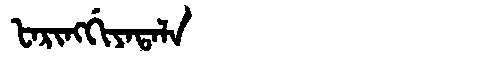
Manchu: ᡶᠠᡵᡳᠩᡤᡳᠶᠠᡨᠠᠯᠠ
Romanization: FARINGGIYATALA